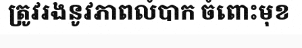
ត្រូវរងនូវភាពលំបាក ចំពោះមុខ